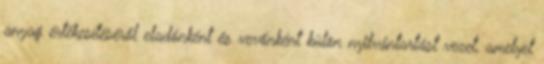
anyag értékesítéséről eladónként és vevőnként külön nyilvántartást vezet, amelyet